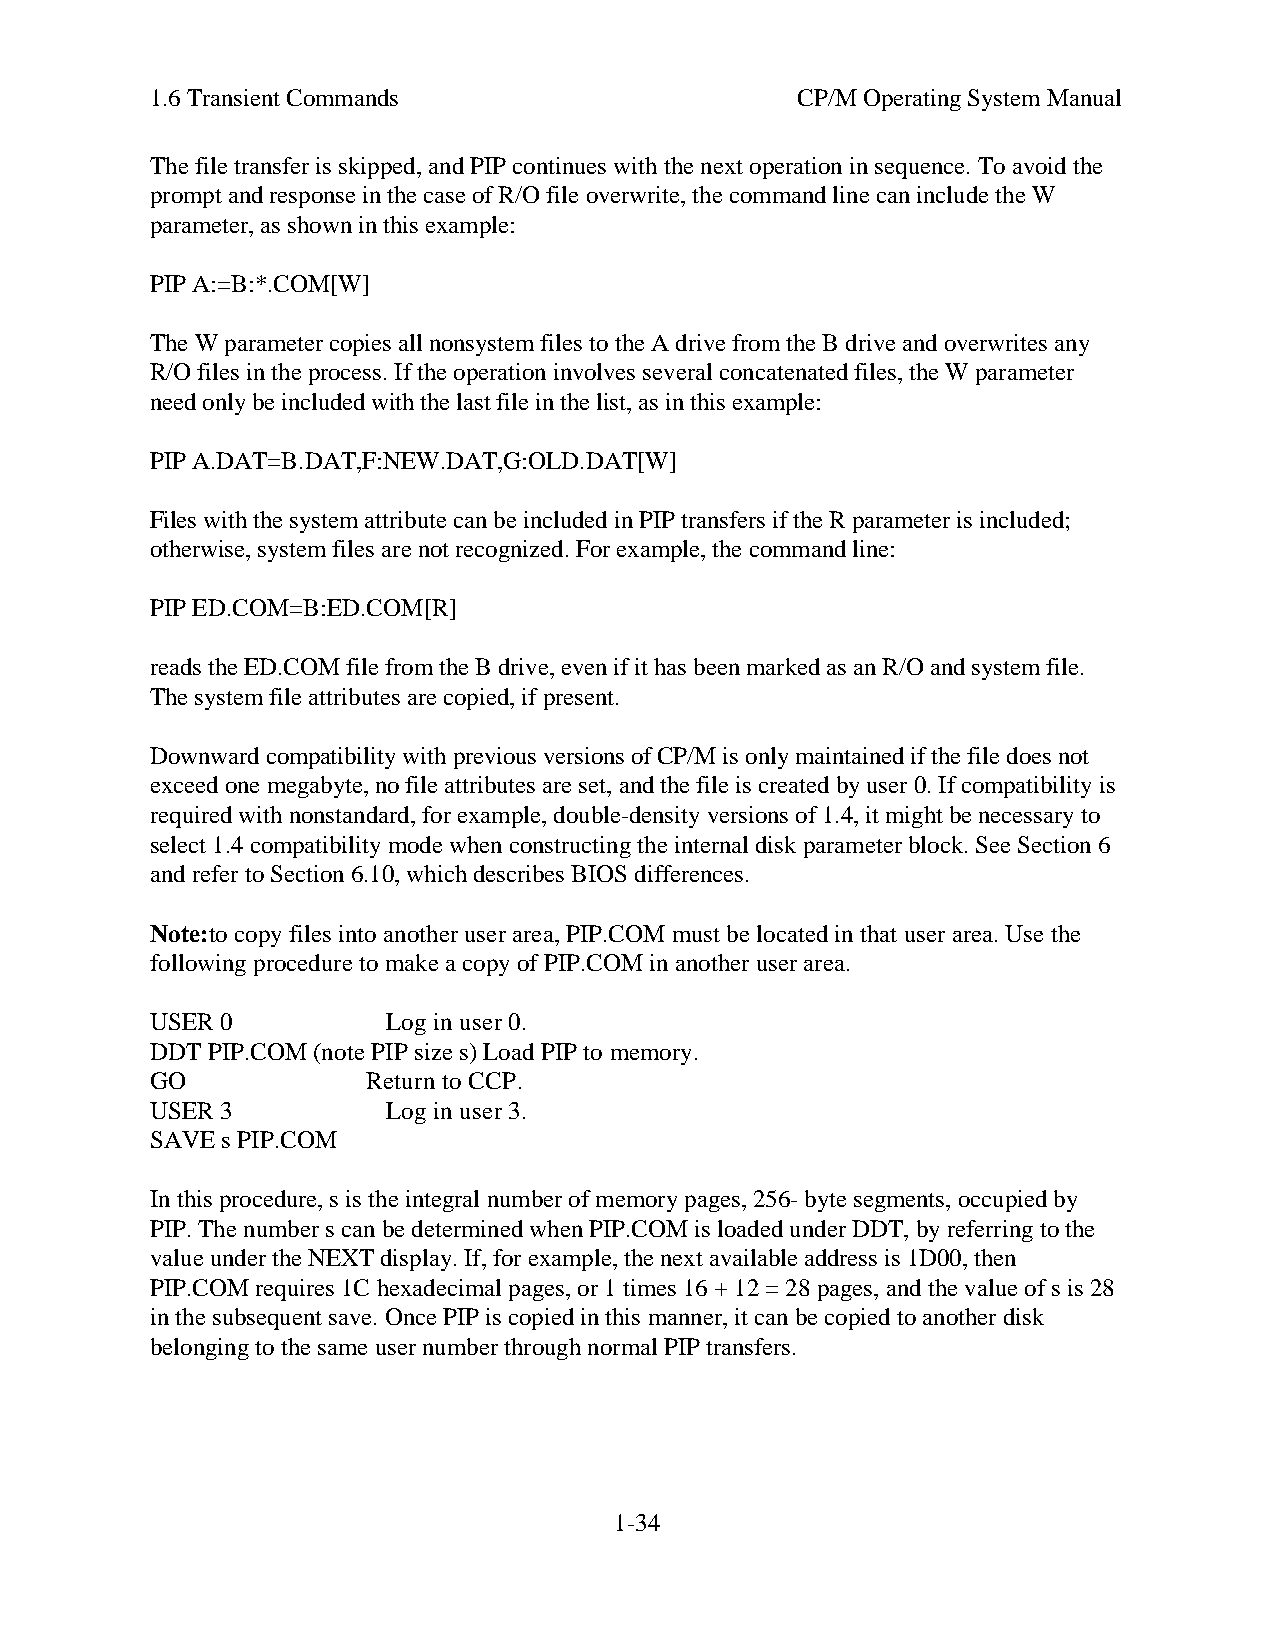
1.6 Transient Commands                     CP/M Operating System Manual
 The file transfer is skipped, and PIP continues with the next operation in sequence. To avoid the
 prompt and response in the case of R/O file overwrite, the command line can include the W
 parameter, as shown in this example:
 PIP A:=B:*.COM[W]
 The W parameter copies all nonsystem files to the A drive from the B drive and overwrites any
 R/O files in the process. If the operation involves several concatenated files, the W parameter
 need only be included with the last file in the list, as in this example:
 PIP A.DAT=B.DAT,F:NEW.DAT,G:OLD.DAT[W]
 Files with the system attribute can be included in PIP transfers if the R parameter is included;
 otherwise, system files are not recognized. For example, the command line:
 PIP ED.COM=B:ED.COM[R]
 reads the ED.COM file from the B drive, even if it has been marked as an R/O and system file.
 The system file attributes are copied, if present.
 Downward compatibility with previous versions of CP/M is only maintained if the file does not
 exceed one megabyte, no file attributes are set, and the file is created by user 0. If compatibility is
 required with nonstandard, for example, double-density versions of 1.4, it might be necessary to
 select 1.4 compatibility mode when constructing the internal disk parameter block. See Section 6
 and refer to Section 6.10, which describes BIOS differences.
 Note:to copy files into another user area, PIP.COM must be located in that user area. Use the
 following procedure to make a copy of PIP.COM in another user area.
 USER 0          Log in user 0.
 DDT PIP.COM (note PIP size s) Load PIP to memory.
 GO            Return to CCP.
 USER 3          Log in user 3.
 SAVE s PIP.COM
 In this procedure, s is the integral number of memory pages, 256- byte segments, occupied by
 PIP. The number s can be determined when PIP.COM is loaded under DDT, by referring to the
 value under the NEXT display. If, for example, the next available address is 1D00, then
 PIP.COM requires 1C hexadecimal pages, or 1 times 16 + 12 = 28 pages, and the value of s is 28
 in the subsequent save. Once PIP is copied in this manner, it can be copied to another disk
 belonging to the same user number through normal PIP transfers.
 1-34